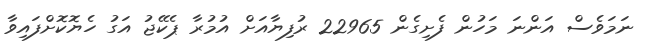
ނަމަވެސް އަންނަ މަހުން ފެށިގެން 22965 ރުފިޔާއަށް އުމުރާ ޕެކޭޖު އަގު ހެޔޮކޮށްފައިވާ